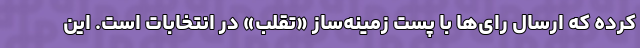
کرده که ارسال رای‌ها با پست زمینه‌ساز «تقلب» در انتخابات است. این